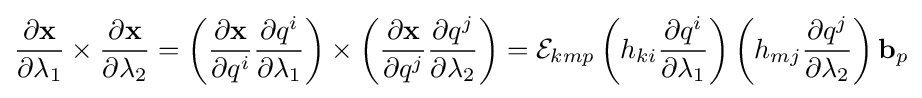
{\partial \mathbf {x}  \over \partial \lambda _{1}}\times {\partial \mathbf {x}  \over \partial \lambda _{2}}=\left({\partial \mathbf {x}  \over \partial q^{i}}{\partial q^{i} \over \partial \lambda _{1}}\right)\times \left({\partial \mathbf {x}  \over \partial q^{j}}{\partial q^{j} \over \partial \lambda _{2}}\right)={\mathcal {E}}_{kmp}\left(h_{ki}{\partial q^{i} \over \partial \lambda _{1}}\right)\left(h_{mj}{\partial q^{j} \over \partial \lambda _{2}}\right)\mathbf {b} _{p}